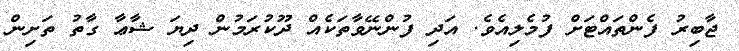
ޖާބިރު ފެންތައްޓަށް ފުމެލިއެވެ. އަދި ފުންނޭވާތަކެއް ދޫކުރަމުން ދިޔަ ޝާޢާ ގާތު ތަށިން